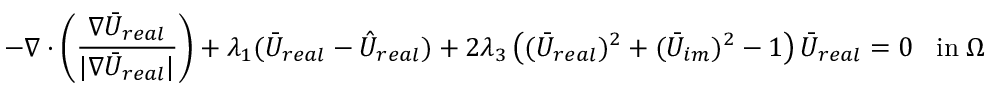
- \nabla \cdot \left( \frac { \nabla \bar { U } _ { r e a l } } { | \nabla \bar { U } _ { r e a l } | } \right) + \lambda _ { 1 } ( \bar { U } _ { r e a l } - \hat { U } _ { r e a l } ) + 2 \lambda _ { 3 } \left( ( \bar { U } _ { r e a l } ) ^ { 2 } + ( \bar { U } _ { i m } ) ^ { 2 } - 1 \right) \bar { U } _ { r e a l } = 0 \; \; \; \mathrm { i n } \; \Omega